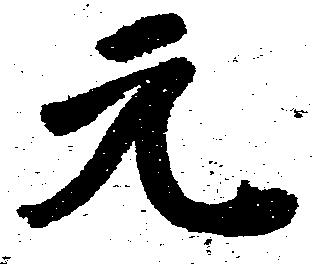
元